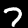
Digit: 7